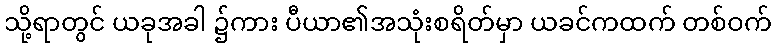
သို့ရာတွင် ယခုအခါ ၌ကား ပီယာ၏အသုံးစရိတ်မှာ ယခင်ကထက် တစ်ဝက်